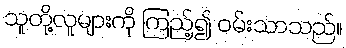
သူတို့လူများကို ကြည့်၍ ဝမ်းသာသည်။